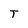
Character: T